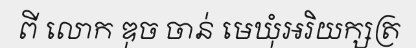
ពី លោក ឌុច ចាន់ មេឃុំអរិយក្សត្រ